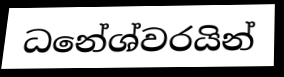
ධනේශ්වරයින්